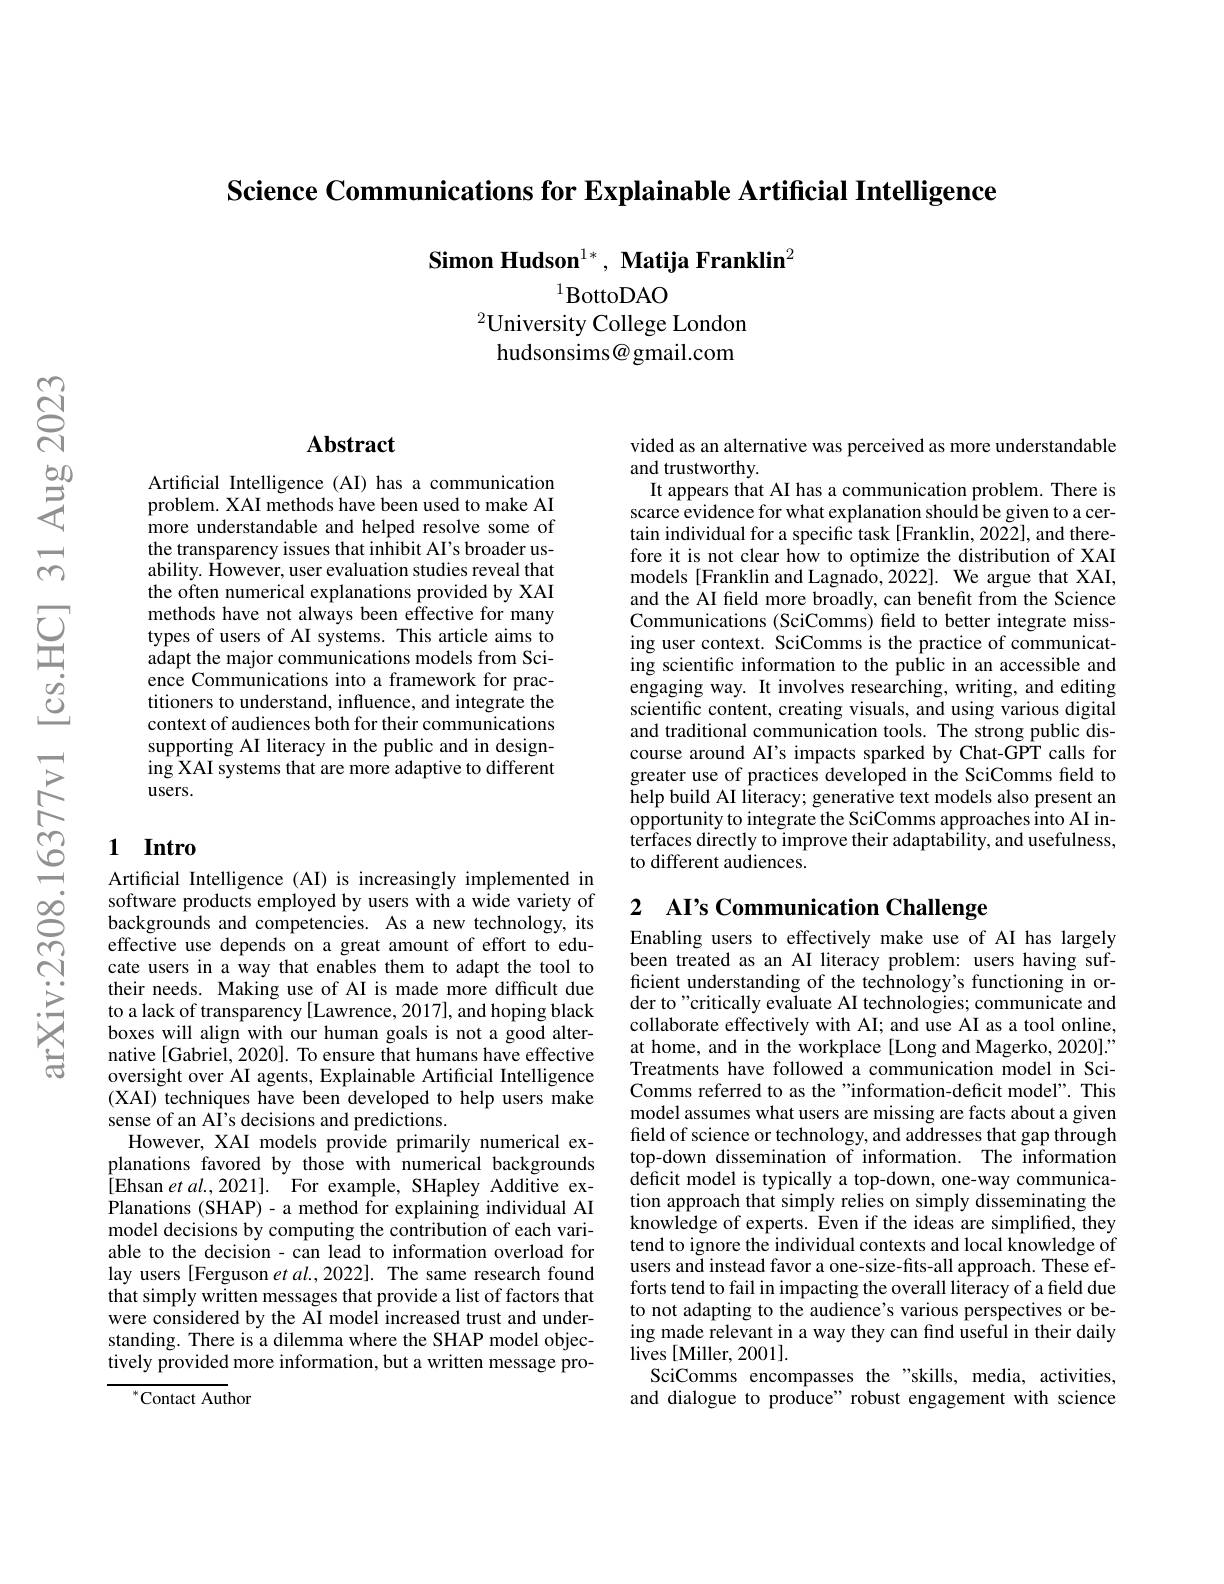
Science Communications for Explainable Artificial Intelligence

Simon Hudson$^1*,\textbf{ Matija Franklin}^2$

$^{1}$BottoDAO
$^{2}$University College London
hudsonsims@gmail.com

## Abstract

Artificial Intelligence (AI) has a communication problem. XAI methods have been used to make AI more understandable and helped resolve some of the transparency issues that inhibit AI's broader usability. However, user evaluation studies reveal that the often numerical explanations provided by XAI methods have not always been effective for many types of users of AI systems. This article aims to adapt the major communications models from Science Communications into a framework for practitioners to understand, influence, and integrate the context of audiences both for their communications supporting AI literacy in the public and in designing XAI systems that are more adaptive to different users.

## 1 Intro

Artificial Intelligence (AI) is increasingly implemented in software products employed by users with a wide variety of backgrounds and competencies. As a new technology, its effective use depends on a great amount of effort to educate users in a way that enables them to adapt the tool to their needs. Making use of AI is made more difficult due to a lack of transparency [Lawrence, 2017], and hoping black boxes will align with our human goals is not a good alternative [Gabriel, 2020]. To ensure that humans have effective oversight over AI agents, Explainable Artificial Intelligence (XAI) techniques have been developed to help users make sense of an AI's decisions and predictions.
However, XAI models provide primarily numerical explanations favored by those with numerical backgrounds [Ehsan et $al. , 2021] .$ For example, SHapley Additive exPlanations (SHAP)- a method for explaining individual AI model decisions by computing the contribution of each variable to the decision - can lead to information overload for lay users [Ferguson et $al.,2022].$ The same research found that simply written messages that provide a list of factors that were considered by the AI model increased trust and understanding. There is a dilemma where the SHAP model objectively provided more information, but a written message pro-

$^{*}$Contact Author

vided as an alternative was perceived as more understandable
and trustworthy
It appears that AI has a communication problem. There is scarce evidence for what explanation should be given to a certain individual for a specific task [Franklin, 2022], and therefore it is not clear how to optimize the distribution of XAI models [Franklin and Lagnado,2022]. We argue that XAI, and the AI field more broadly, can benefit from the Science Communications (SciComms) feld to better integrate missing user context. SciComms is the practice of communicating scientific information to the public in an accessible and engaging way. It involves researching, writing, and editing scientific content, creating visuals, and using various digital and traditional communication tools. The strong public discourse around Al's impacts sparked by Chat-GPT calls for greater use of practices developed in the SciComms feld to help build AI literacy; generative text models also present an opportunity to integrate the SciComms approaches into AI interfaces directly to improve their adaptability, and usefulness, to different audiences.

## 2 AI's Communication Challenge

Enabling users to effectively make use of AI has largely been treated as an AI literacy problem: users having sufficient understanding of the technology's functioning in order to"critically evaluate AI technologies; communicate and collaborate effectively with AI; and use AI as a tool online, at home, and in the workplace[Long and Magerko, 2020]." Treatments have followed a communication model in SciComms referred to as the "information-deficit model". This model assumes what users are missing are facts about a given field of science or technology, and addresses that gap through top-down dissemination of information. The information deficit model is typically a top-down, one-way communication approach that simply relies on simply disseminating the knowledge of experts. Even if the ideas are simplified, they tend to ignore the individual contexts and local knowledge of users and instead favor a one-size-fits-all approach. These efforts tend to fail in impacting the overall literacy of a field due to not adapting to the audience's various perspectives or being made relevant in a way they can find useful in their daily $\operatorname*{lives}[$Miller, 2001].
SciComms encompasses the "skills, media, activities, and dialogue to produce" robust engagement with science